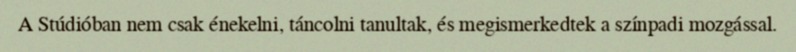
A Stúdióban nem csak énekelni, táncolni tanultak, és megismerkedtek a színpadi mozgással.